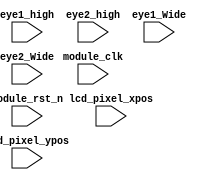
module perclose(
    input   module_clk,
    input   module_rst_n,
    input  [10:0]lcd_pixel_xpos,          
    input  [10:0]lcd_pixel_ypos,          
    
    input  [10:0]eye1_high,
    input  [10:0]eye2_high,
    input  [10:0] eye1_Wide                 ,
    input  [10:0] eye2_Wide                 

    );
    
reg [8:0]   v_cnt   ;           //
reg [21:0]  eye_2v  ;
reg          eye_close_done     ;        //
reg [329:0]  eye_inclose     ;           //
reg [8:0]   eye_inclose_cnt  ;           //

reg [329:0]  eye_inopen      ;           //
reg [8:0]   eye_inopen_cnt   ;          //
reg  [1:0] state    ;

//**************************************************//
//
always @( posedge module_clk  or negedge module_rst_n ) begin
    if( !module_rst_n ) begin
        eye_2v <= 22'd0   ;
    end     
    
    else if( lcd_pixel_xpos == 1 && lcd_pixel_ypos == 1 )begin
        eye_2v <= { eye_2v[10:0],eye1_high }    ;
    end
end 

//
always @( posedge module_clk  or negedge module_rst_n ) begin
    if( !module_rst_n ) begin
        v_cnt <= 9'd0   ;
    end     
    
    //
    else if( lcd_pixel_xpos == 3 && lcd_pixel_ypos == 1 && state != 0 )begin
        v_cnt <= v_cnt +1    ;
    end
    
    //
    else if(state == 2) begin
        v_cnt <= 9'd0   ;
    end
end 

//
always @( posedge module_clk  or negedge module_rst_n ) begin
    if( !module_rst_n ) begin
        state <= 2'd0   ;
    end
    
    else if( lcd_pixel_xpos == 3 && lcd_pixel_ypos == 1 )begin
        if(eye_2v[10:0] < eye_2v[21:10] && state == 0 ) begin
            state <= 1   ;       //
            
        end
        else if(eye_2v[10:0] > eye_2v[21:10] && state == 1 && eye_inclose_cnt <= 8 ) begin
            state <= 0   ;       //8
        end
        else if(eye_2v[10:0] > eye_2v[21:10] &&  state == 1 && eye_inopen_cnt > 8) begin
            state <= 2   ;          //
        end
        
    end
end 

//
always @( posedge module_clk  or negedge module_rst_n ) begin
    if( !module_rst_n ) begin
        eye_inclose <= 330'd0   ;
        eye_inopen <= 330'd0    ;
        eye_inclose_cnt <= 9'd0 ;
        eye_inopen_cnt <= 9'd0  ;
        eye_close_done <= 1'd0  ;
    end
    
    else if( lcd_pixel_xpos == 3 && lcd_pixel_ypos == 1 )begin
        if( state == 1 && eye_close_done == 0) begin
            eye_inclose <= {eye_inclose[299:0],eye_2v[10:0]}  ;       //
            eye_inclose_cnt <= eye_inclose_cnt + 1  ;
        end
        else if( state == 2 ) begin
            eye_inopen <= {eye_inopen[299:0],eye_2v[10:0]}  ;       //
            eye_inopen_cnt <= eye_inopen_cnt + 1    ;
        end
        else if( state != 1) begin
            eye_close_done <= 1'd1   ;       //
        end
        
    end
end 



endmodule